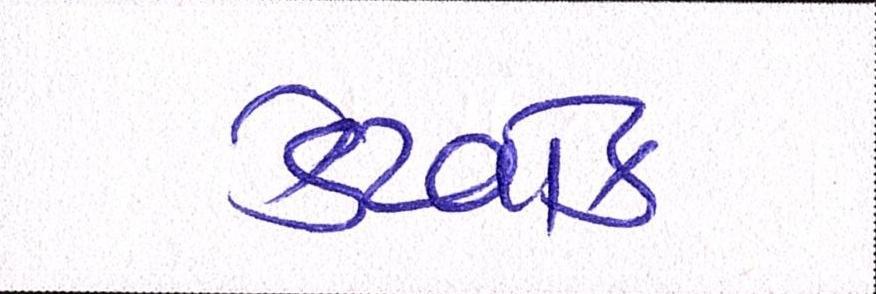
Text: કેટવોક